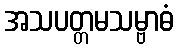
အသပတ္တမသမ္ဗာဓံ